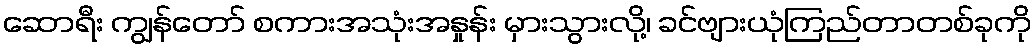
ဆောရီး ကျွန်တော် စကားအသုံးအနှုန်း မှားသွားလို့၊ ခင်ဗျားယုံကြည်တာတစ်ခုကို